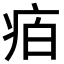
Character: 𭼈